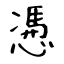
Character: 慿